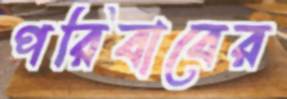
পরিবাবের